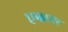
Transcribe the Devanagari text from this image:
एम्ब्रायर